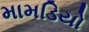
મામડિયો